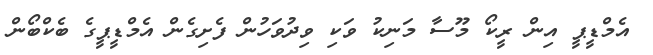
އެމްޑީޕީ އިން ރީކޯ މޫސާ މަނިކު ވަކި ވިދުވަހުން ފެށިގެން އެމްޑީޕީގެ ބެކްބޯން